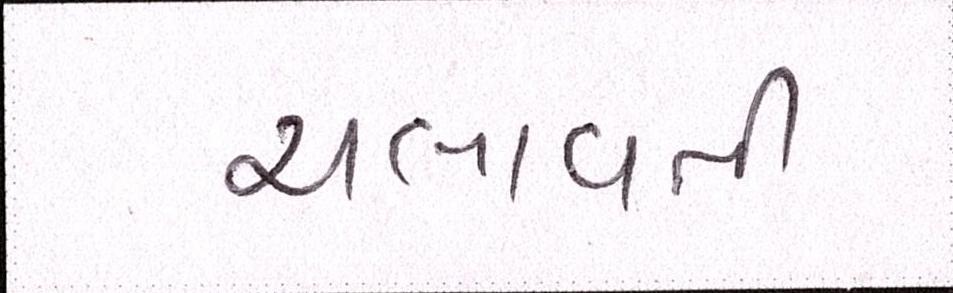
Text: ચલાવતી